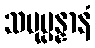
သမုပ္ပန္နာနံ